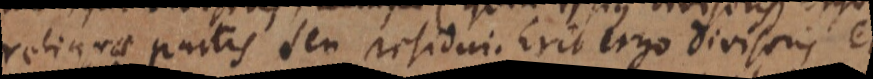
reliquae partis seu residui. Erit ergo divisoris et